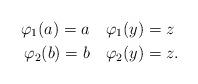
LaTeX: \begin{align*}\varphi_1(a)=a\quad& \varphi_1(y)=z \\\varphi_2(b)=b\quad& \varphi_2(y)=z.\end{align*}